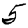
Digit: 5